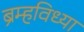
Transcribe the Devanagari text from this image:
ब्रम्हविध्या